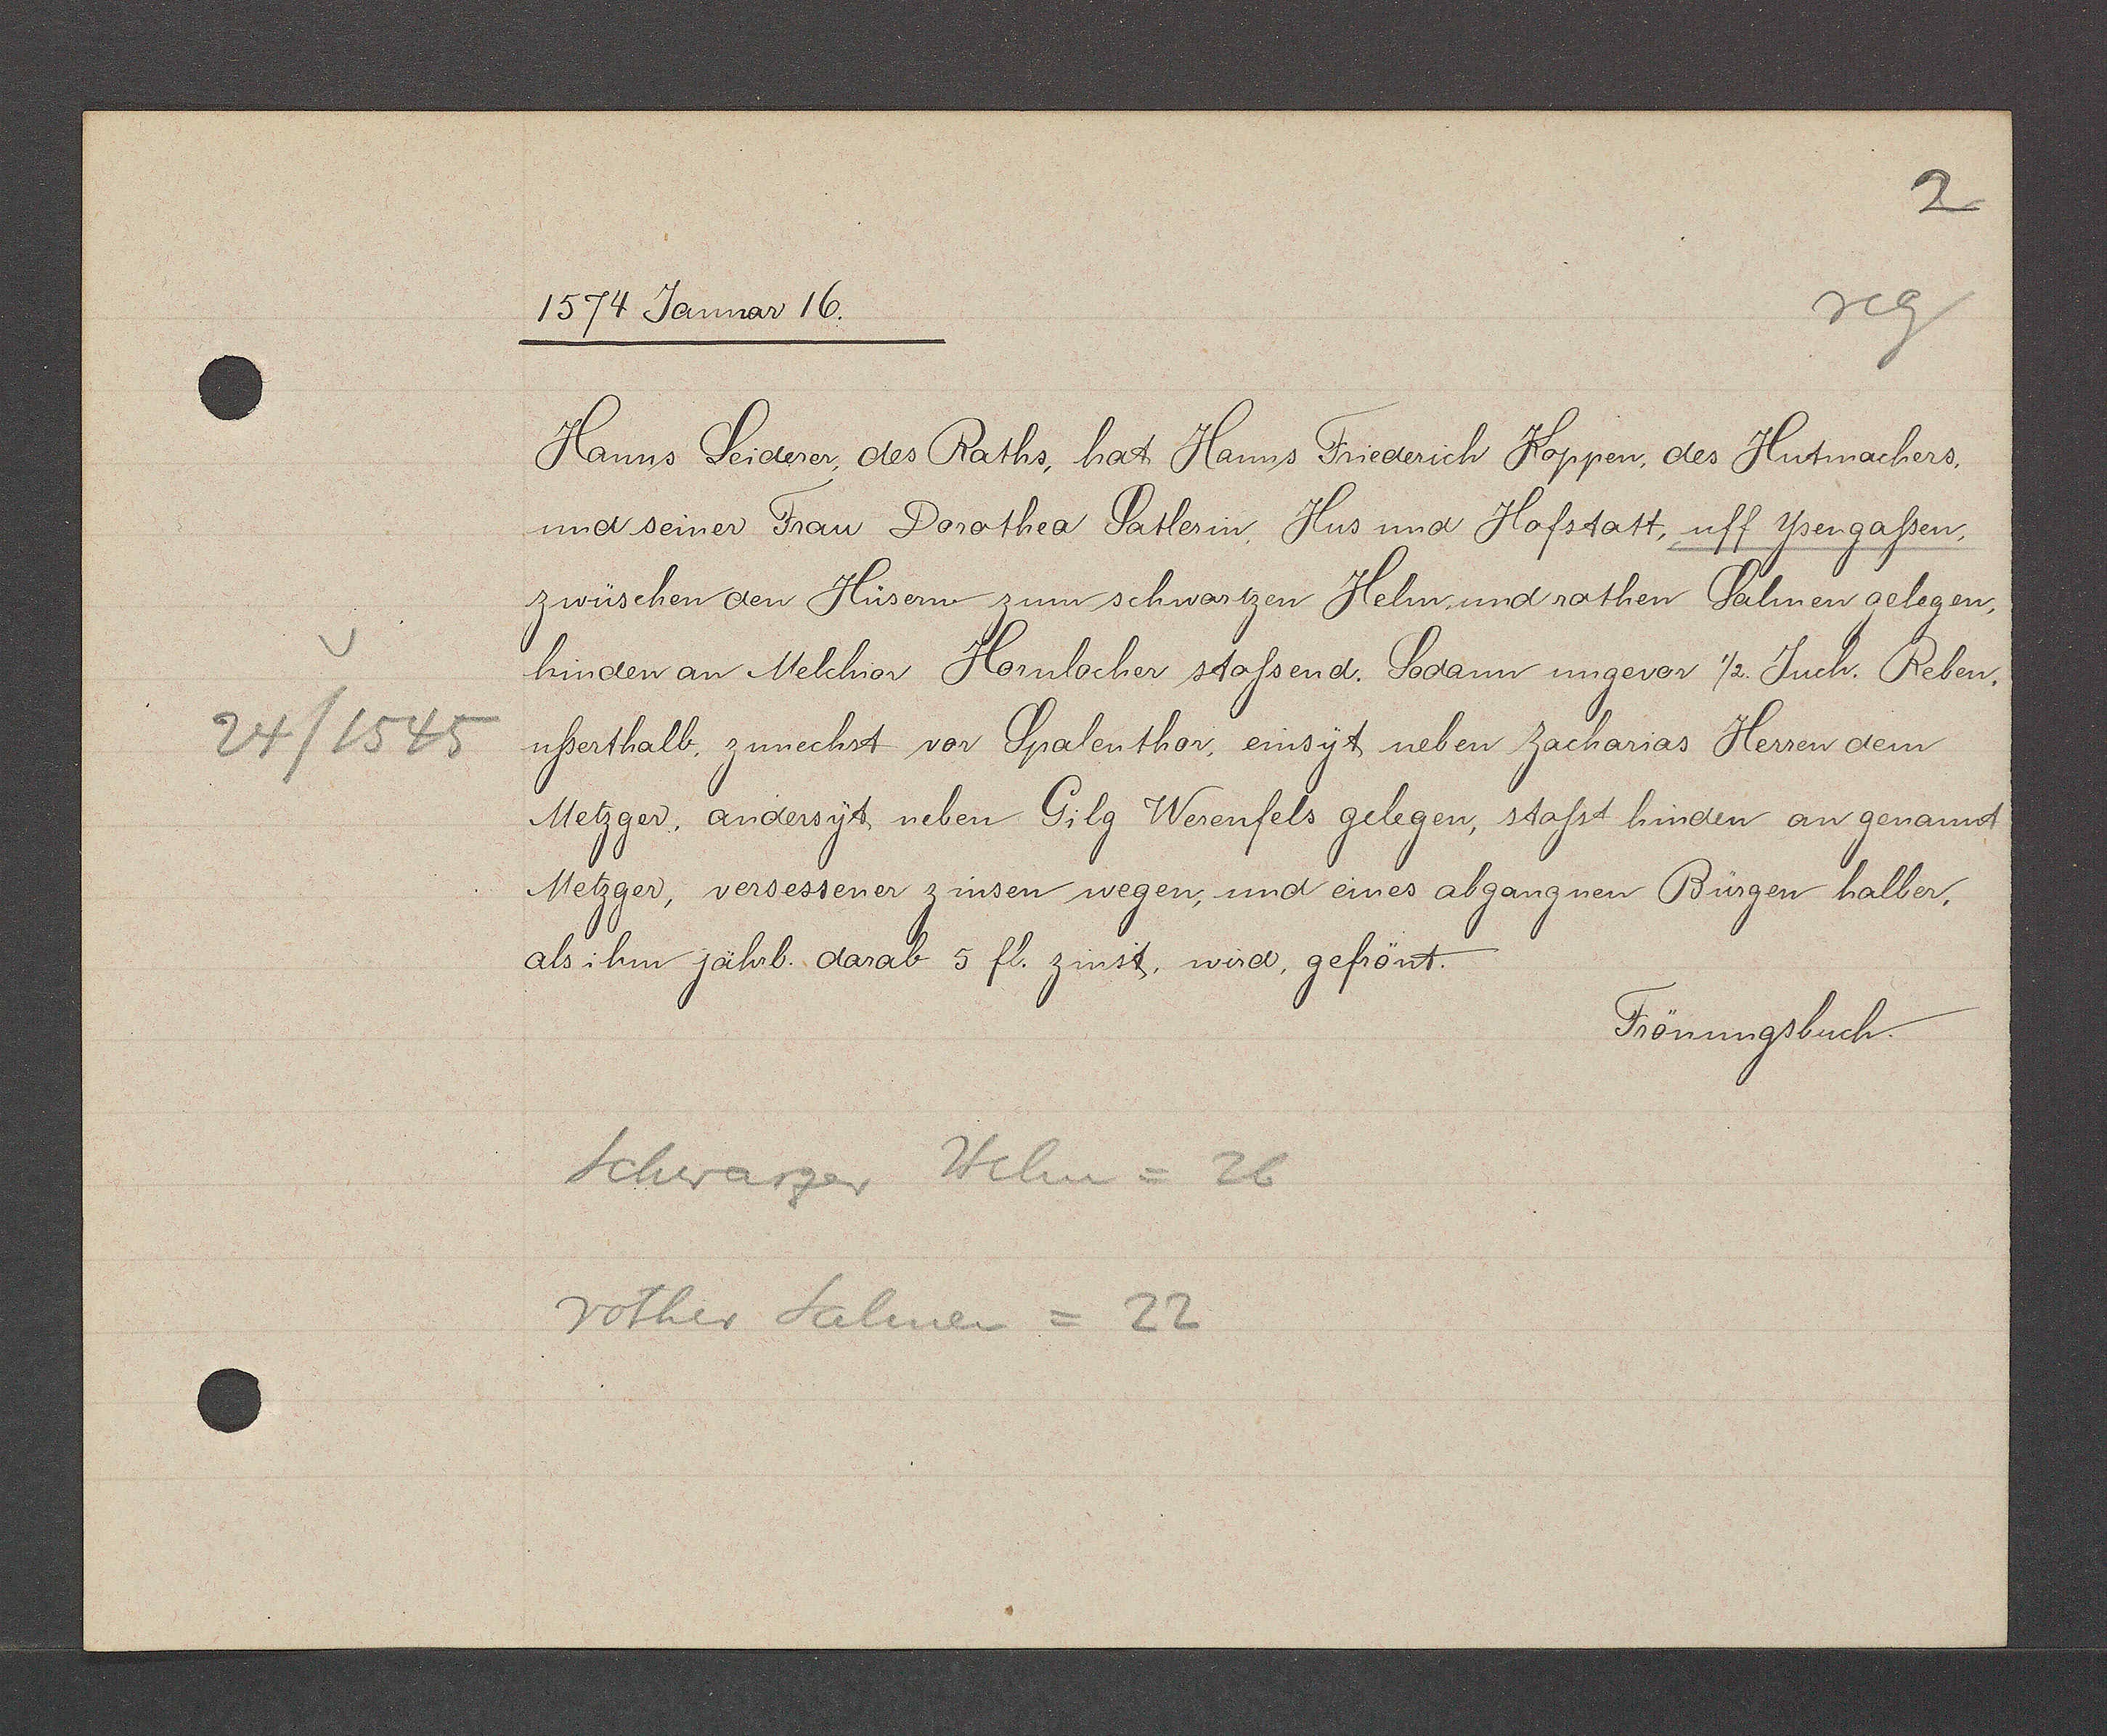
Transcript:
24/1545

1574 Januar 16.
Hanns Seiderer, des Raths, hat Hanss Friederich Koppen, des Hutmachers,
und seiner Frau Dorothea Satlerin, Hus und Hofstatt, uff Yengaßen,
zwüschen den Hüsern zum schwartzen Helm, und rothen Salmen gelegen,
hinden an Melchior Hornlocher stoßsend. Sodann ungevor ½ Juch. Reben. 
ußerthalb, zunechst vor Spalenthor, einsyt neben zacharias Herren dem
Metzger. andersyt neben Gilg Werenfels gelegen, stoßt hinden an genannt
Metzger, versessener zinsen wegen, und eines abgangnen Bürgen halber,
als ihm jährl. darab 5 fl. zinst, wird, gefrönt.
Frönungsbuch.
Schwarzer Helm= 26
rother Salmen = 22